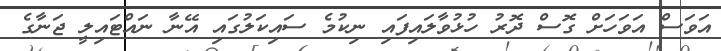
އަވަސް އަވަހަށް ގޮސް ދޮރު ހުޅުވާލައިފައި ނިކުމެ ސައިކަލުގައި އޭނާ ނައްޓައިލީ ޖަނާގެ